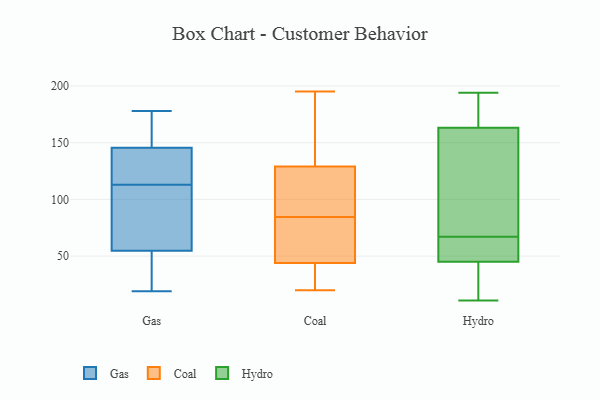
{"axis": {"x": "Bounce Rate (%)", "y": "Value"}, "legend": ["Coal", "Gas", "Hydro"], "data": [{"x": "", "y": 83, "type": "Gas"}, {"x": "", "y": 19, "type": "Gas"}, {"x": "", "y": 141, "type": "Gas"}, {"x": "", "y": 53, "type": "Gas"}, {"x": "", "y": 118, "type": "Gas"}, {"x": "", "y": 31, "type": "Gas"}, {"x": "", "y": 167, "type": "Gas"}, {"x": "", "y": 113, "type": "Gas"}, {"x": "", "y": 57, "type": "Gas"}, {"x": "", "y": 54, "type": "Gas"}, {"x": "", "y": 151, "type": "Gas"}, {"x": "", "y": 147, "type": "Gas"}, {"x": "", "y": 69, "type": "Gas"}, {"x": "", "y": 178, "type": "Gas"}, {"x": "", "y": 140, "type": "Gas"}, {"x": "", "y": 129, "type": "Coal"}, {"x": "", "y": 121, "type": "Coal"}, {"x": "", "y": 103, "type": "Coal"}, {"x": "", "y": 195, "type": "Coal"}, {"x": "", "y": 117, "type": "Coal"}, {"x": "", "y": 85, "type": "Coal"}, {"x": "", "y": 79, "type": "Coal"}, {"x": "", "y": 72, "type": "Coal"}, {"x": "", "y": 20, "type": "Coal"}, {"x": "", "y": 41, "type": "Coal"}, {"x": "", "y": 158, "type": "Coal"}, {"x": "", "y": 129, "type": "Coal"}, {"x": "", "y": 182, "type": "Coal"}, {"x": "", "y": 29, "type": "Coal"}, {"x": "", "y": 29, "type": "Coal"}, {"x": "", "y": 45, "type": "Coal"}, {"x": "", "y": 44, "type": "Coal"}, {"x": "", "y": 84, "type": "Coal"}, {"x": "", "y": 48, "type": "Hydro"}, {"x": "", "y": 11, "type": "Hydro"}, {"x": "", "y": 173, "type": "Hydro"}, {"x": "", "y": 36, "type": "Hydro"}, {"x": "", "y": 139, "type": "Hydro"}, {"x": "", "y": 67, "type": "Hydro"}, {"x": "", "y": 109, "type": "Hydro"}, {"x": "", "y": 194, "type": "Hydro"}, {"x": "", "y": 49, "type": "Hydro"}, {"x": "", "y": 48, "type": "Hydro"}, {"x": "", "y": 160, "type": "Hydro"}, {"x": "", "y": 185, "type": "Hydro"}, {"x": "", "y": 17, "type": "Hydro"}]}